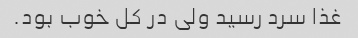
غذا سرد رسید ولی در کل خوب بود.